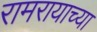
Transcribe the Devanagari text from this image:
रामरायाच्या